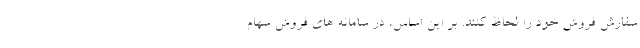
سفارش فروش خود را لحاظ کنند. بر این اساس، در سامانه های فروش سهام